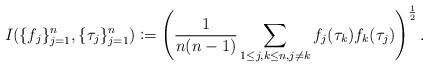
LaTeX: \begin{align*}I_{} (\{f_j \}_{j=1}^n, \{\tau_j \}_{j=1}^n)\coloneqq \left(\frac{1}{n(n-1)}\sum _{1\leq j,k \leq n, j\neq k} f_j(\tau_k)f_k(\tau_j)\right)^\frac{1}{2}.\end{align*}